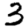
Digit: 3